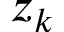
z _ { k }